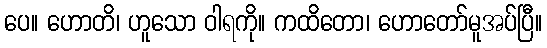
ပေ။ ဟောတိ၊ ဟူသော ဝါရကို။ ကထိတော၊ ဟောတော်မူအပ်ပြီ။